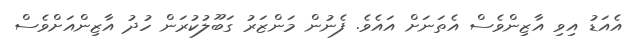
އެއަޑު އިވި އާޒިންވެސް އެތަނަށް އައެވެ. ފެނުން މަންޒަރު ގަބޫލުކުރަން ހުދު އާޒިންއަށްވެސް